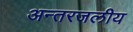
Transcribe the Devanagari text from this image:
अन्‍तरजलीय